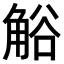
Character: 𧣳